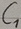
Text: C1